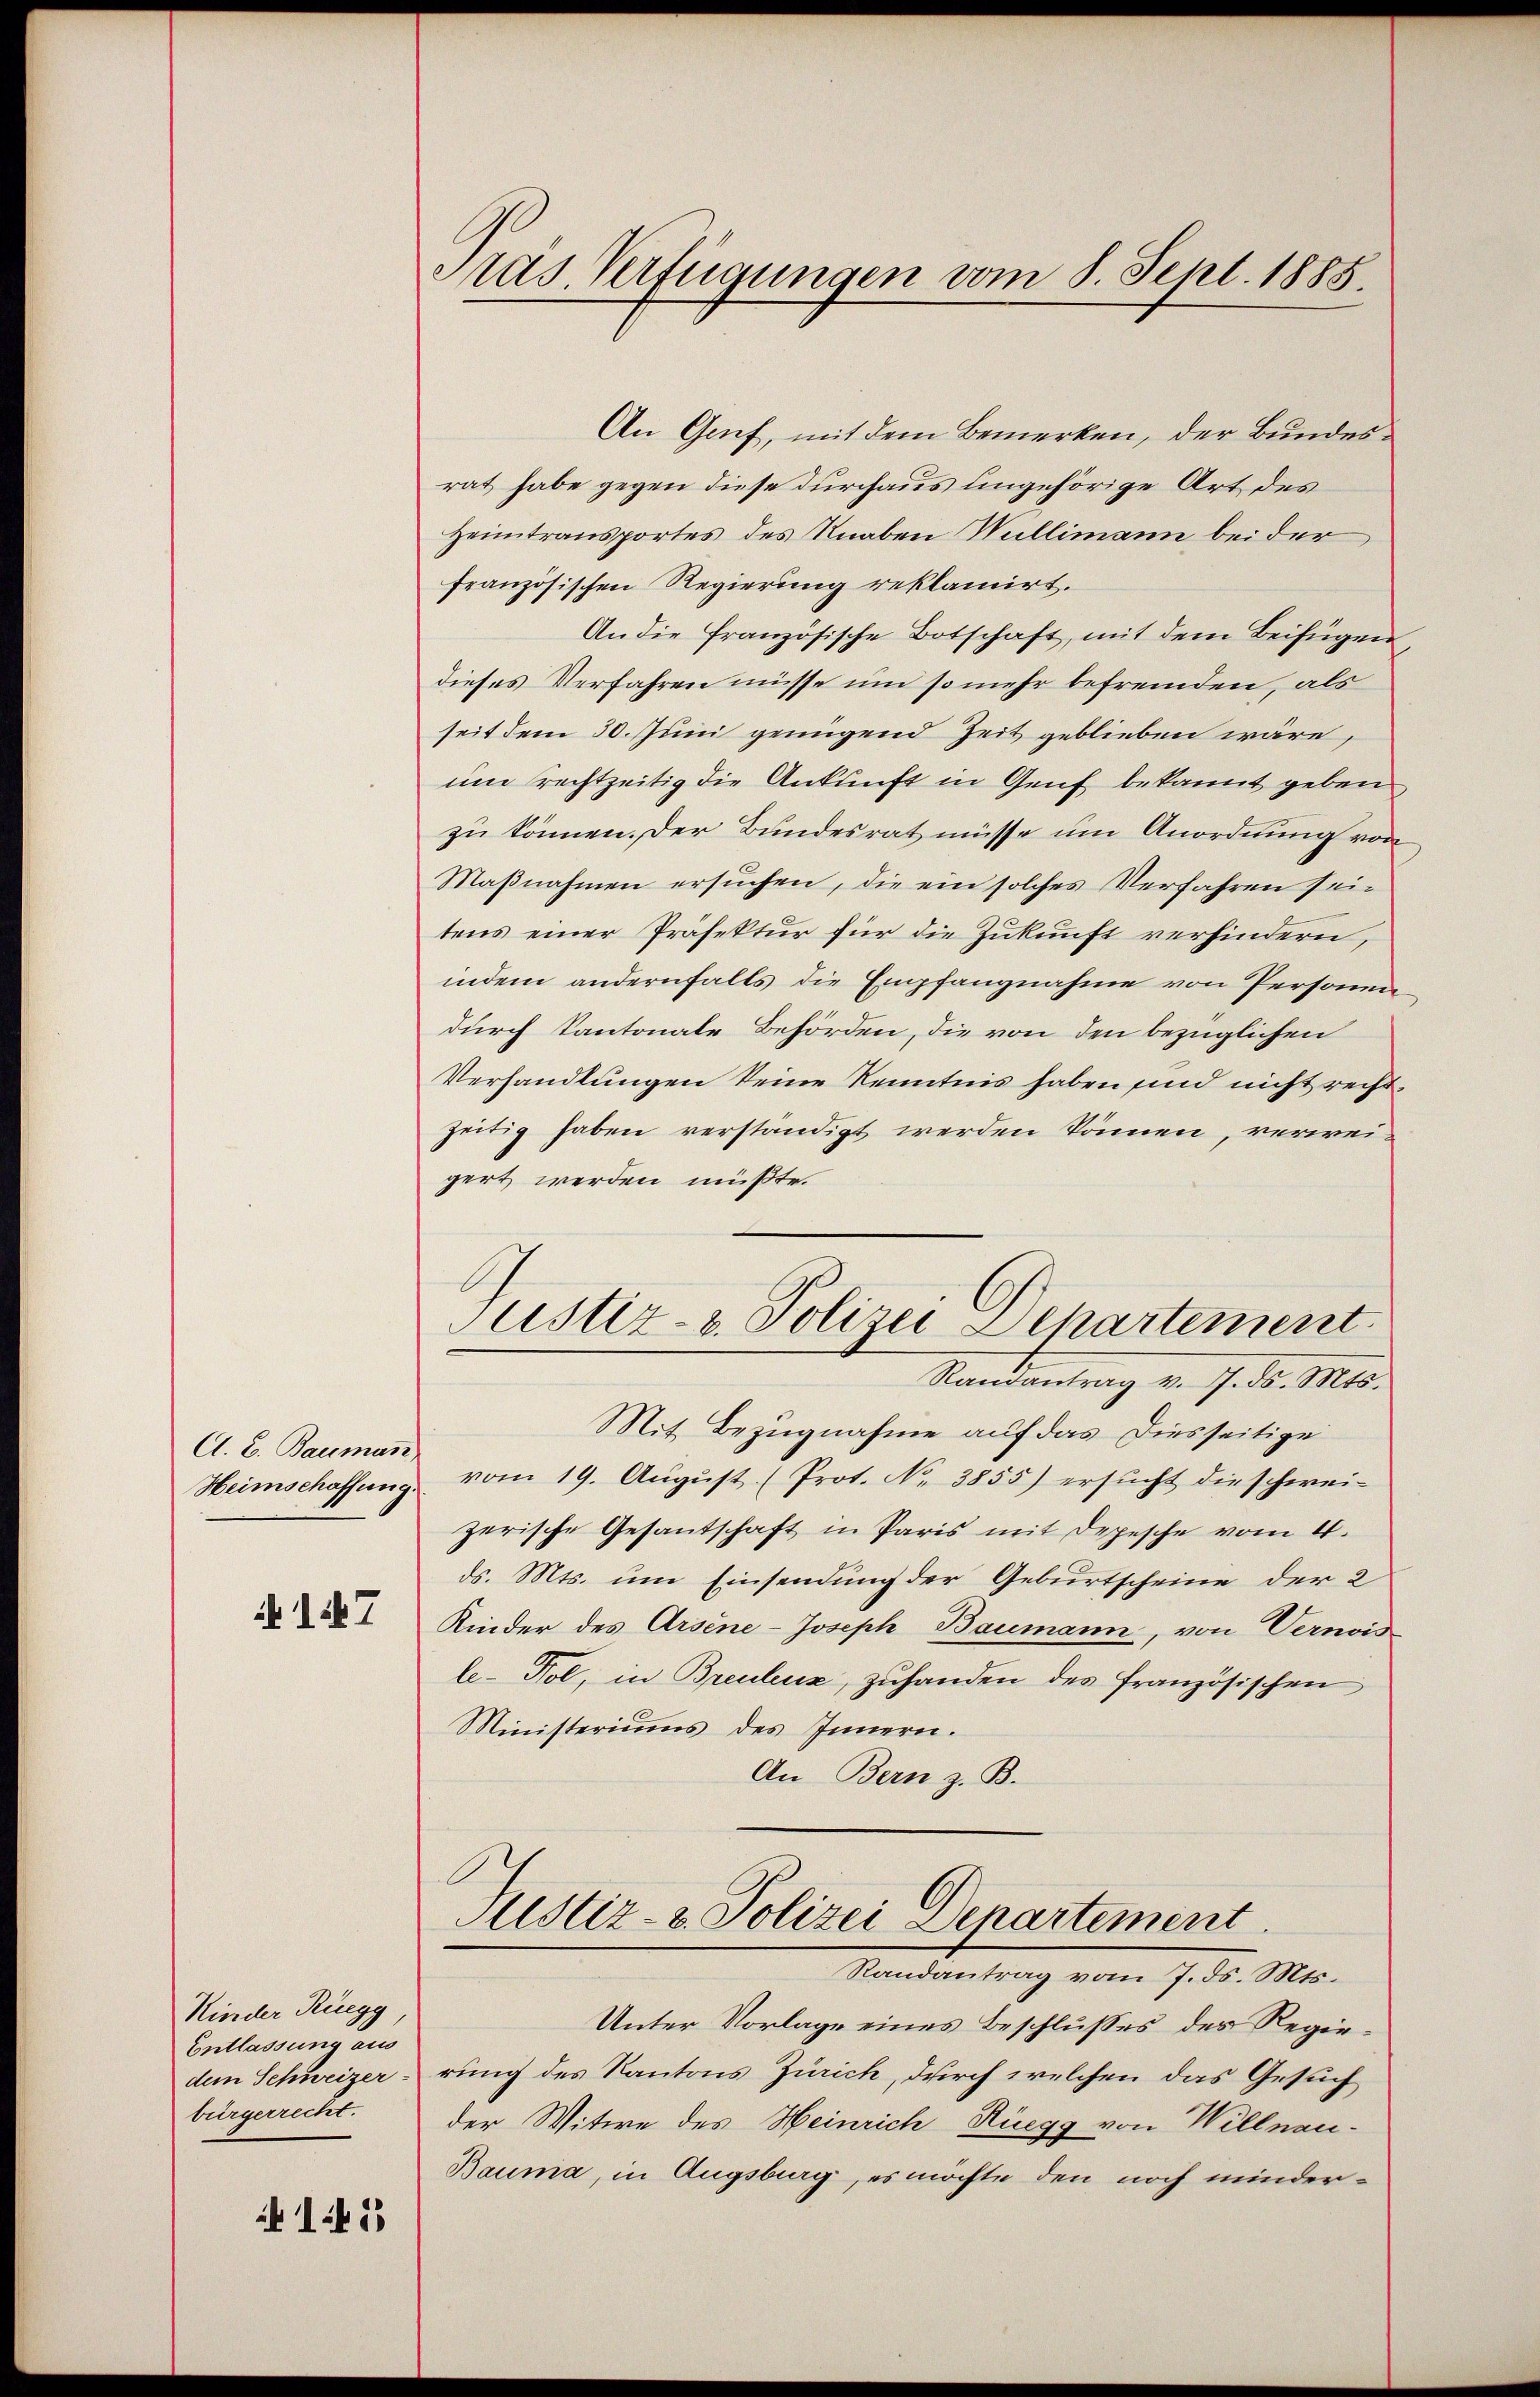
A. E. Bauman

if. 17

Kinder Rüegg,
Entlassung aus
bürgerrecht.

145

Pras. Verfügungen vom 8. Sept. 1885.

An Gruf, mit dem Bemerken, der Bundesrat habe gegen diese durchaus ungehörige Art des
Heimtransportes des Knaben Willimann bei der
französischen Regierung reklamirt.
An die französische Botschaft, mit dem Beifügen
dieses Verfahren müsse um so mehr befremden, als
seit dem 30. Juni genügend Zeit geblieben wäre,
um rechtzeitig die Ankunft in Genf bekannt geben
zu können. Der Bundesrath müsse um Anordnung von
Maßnahmen ersuchen, die ein solches Verfahren sein
tens einer Präfektur für die Zukunft verhindern,
indem andernfalls die Empfangnahme von Personen
durch Kantonale Behörden, die von den bezüglichen
Verhandlungen keine Kenntnis haben sind nicht recht,
zeitig haben verständigt werden können, verweigert werden müßte.
Justiz- & Polizei Departement
Randantrag v. 7. d. 1440.
Mit Bezugnahme auf das Diesseitige
Heimschaffung vom 19. Aŭgŭst (Prot. No. 3855) ersŭcht die schwei-
zerische Gesantschaft in Paris mit Depesche vom 4.
ds. Mts. um Einsendung der Geburtscheine der 2
Kinder des Arsene-Joseph Baumann, von Vernois
le-Fol, in Breulenz, zuhanden des französischen
Ministeriums des Innern.
An Bern z. B.

Justiz- & Polizei Departement
Randantrag vom 7. ds. Mts.

Unter Vorlage eines Beschlusses des Regiedem Schweizerrung des Kantons Zürich, durch welchen das Gesuch
der Witwe des Heinrich Rüegg von Willnau-
Bauma, in Augsburg, es möchte den noch minder¬